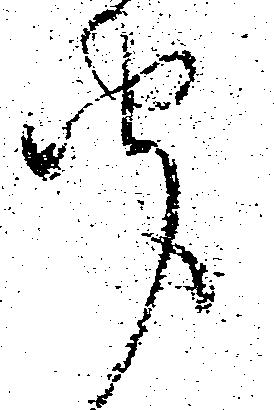
聞